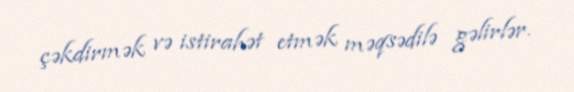
çəkdirmək və istirahət etmək məqsədilə gəlirlər.